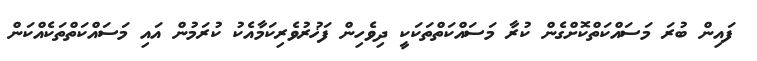
ފައިން ބުރަ މަސައްކަތްކޮށްގެން ކުރާ މަސައްކަތްތަކަކީ ދިވެހިން ފަޚުރުވެރިކަމާއެކު ކުރަމުން އައި މަސައްކަތްތަކެއްކަން